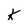
Character: k